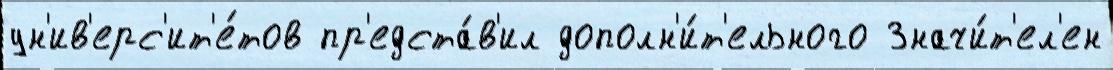
ун'ив'ерс'ит'е́тов пр'едста́в'ил дополн'и́т'ельного Значи́т'ел'ен